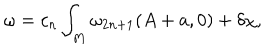
LaTeX: \omega = c _ { n } \int _ { M } \omega _ { 2 n + 1 } ( A + a , 0 ) + \delta \chi ,